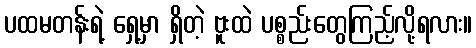
ပထမတန်းရဲ့ ရှေ့မှာ ရှိတဲ့ ဗူးထဲ ပစ္စည်းတွေကြည့်လို့ရလား။